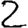
Digit: 2